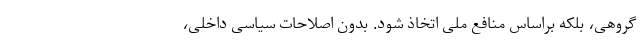
گروهی، بلکه براساس منافع ملی اتخاذ شود. بدون اصلاحات سیاسی داخلی،